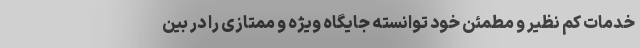
خدمات کم نظیر و مطمئن خود توانسته جایگاه ویژه و ممتازی را در بین